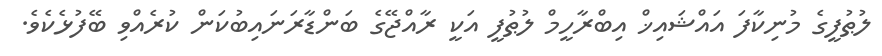
ލުޠުފީގެ މުނިކާފަ އައްޝައިޚް އިބްރާހީމް ލުޠުފީ އަކީ ރާއްޖޭގެ ބަންޑާރަނައިބުކަން ކުރެއްވި ބޭފުޅެކެވެ.